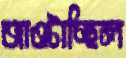
আওটাচ্ছিল